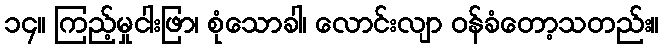
၁၄။ ကြည့်မှုငါးဖြာ၊ စုံသောခါ၊ လောင်းလျာ ဝန်ခံတော့သတည်း။